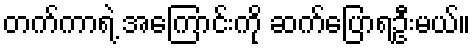
တက်ကာရဲ့ အကြောင်းကို ဆက်ပြောရဦးမယ်။